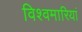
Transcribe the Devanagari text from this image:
विश्वमारियां